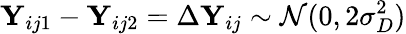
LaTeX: \mathbf Y_{ij1}-\mathbf Y_{ij2}=\Delta\mathbf Y_{ij}\sim\mathcal N(0,2\sigma_{D}^{2})